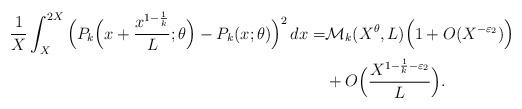
LaTeX: \begin{align*} \frac1X \int_X^{2X} \Big(P_k \Big(x+\frac{x^{1-\frac1k}}{L};\theta \Big)-P_k(x;\theta)\Big)^2 \, dx=&\mathcal M_k(X^{\theta},L)\Big(1+O(X^{-\varepsilon_2}) \Big)\\&+O\Big( \frac{X^{1-\frac1k-\varepsilon_2}}{L}\Big).\end{align*}